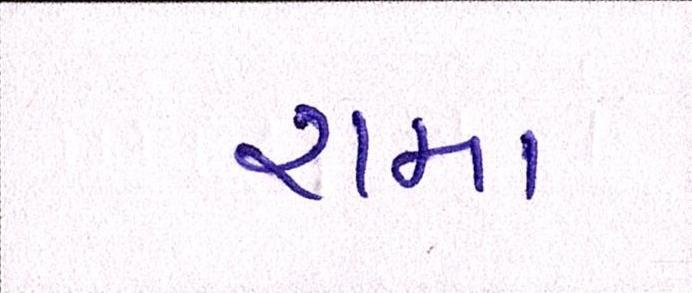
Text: રામા